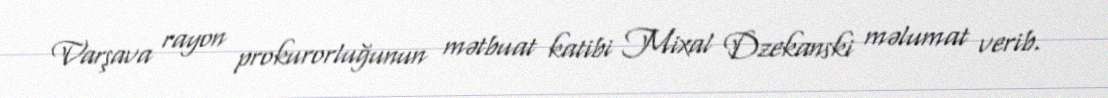
Varşava rayon prokurorluğunun mətbuat katibi Mixal Dzekanski məlumat verib.